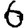
Digit: 6